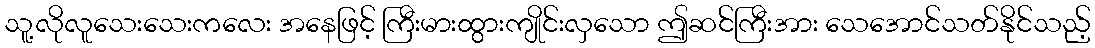
သူ့လိုလူသေးသေးကလေး အနေဖြင့် ကြီးမားထွားကျိုင်းလှသော ဤဆင်ကြီးအား သေအောင်သတ်နိုင်သည့်